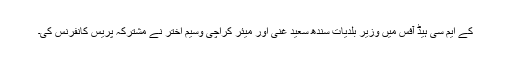
کے ایم سی ہیڈ آفس میں وزیر بلدیات سندھ سعید غنی اور میئر کراچی وسیم اختر نے مشترکہ پریس کانفرنس کی۔